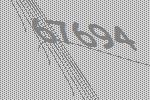
67694